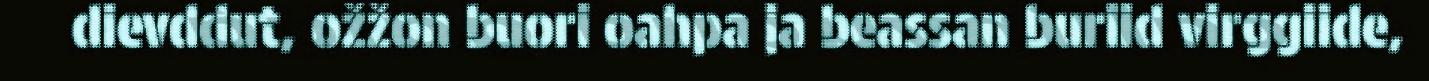
dievddut, ožžon buori oahpa ja beassan buriid virggiide,